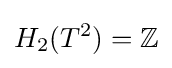
H_{2}(T^{2})=\mathbb {Z}